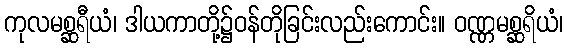
ကုလမစ္ဆရီယံ၊ ဒါယကာတို့၌ဝန်တိုခြင်းလည်းကောင်း။ ဝဏ္ဏမစ္ဆရိယံ၊